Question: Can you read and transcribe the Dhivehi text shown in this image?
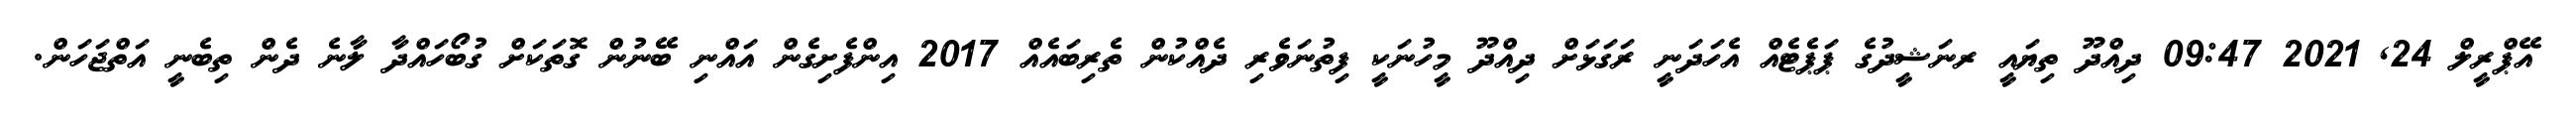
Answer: އޭޕްރީލް 24, 2021 09:47 ދިއްދޫ ތިޔައީ ރނަޝީދުގެ ޕަޕެޓެއް އެހަދަނީ ރަގަޅަށް ދިއްދޫ މީހުނަކީ ފިތުނަވެރި ދެއްކުން ތެރިބައެއް 2017 އިންފެށިގެން އައްނި ބޭނުން ގޮތަކަށް ގުބޯހައްދާ ލާނެ ދެން ތިބެނީ އަތްޖަހަން.